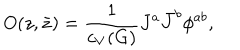
LaTeX: O ( z , \bar { z } ) = { \frac { 1 } { c _ { V } ( G ) } } J ^ { a } \bar { J } ^ { b } \phi ^ { a b } ,